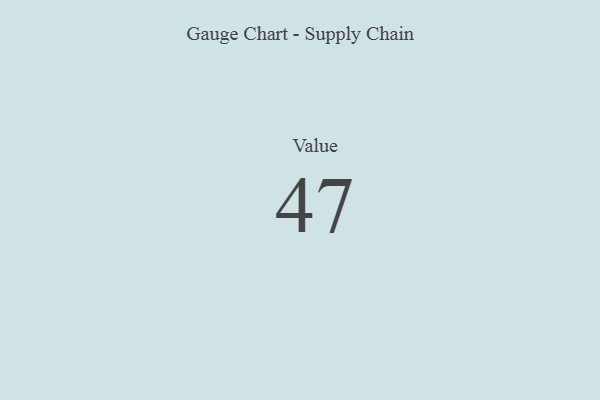
{"axis": {"x": "Metric", "y": "Value"}, "legend": [""], "data": [{"x": "Value", "y": 47, "type": ""}]}